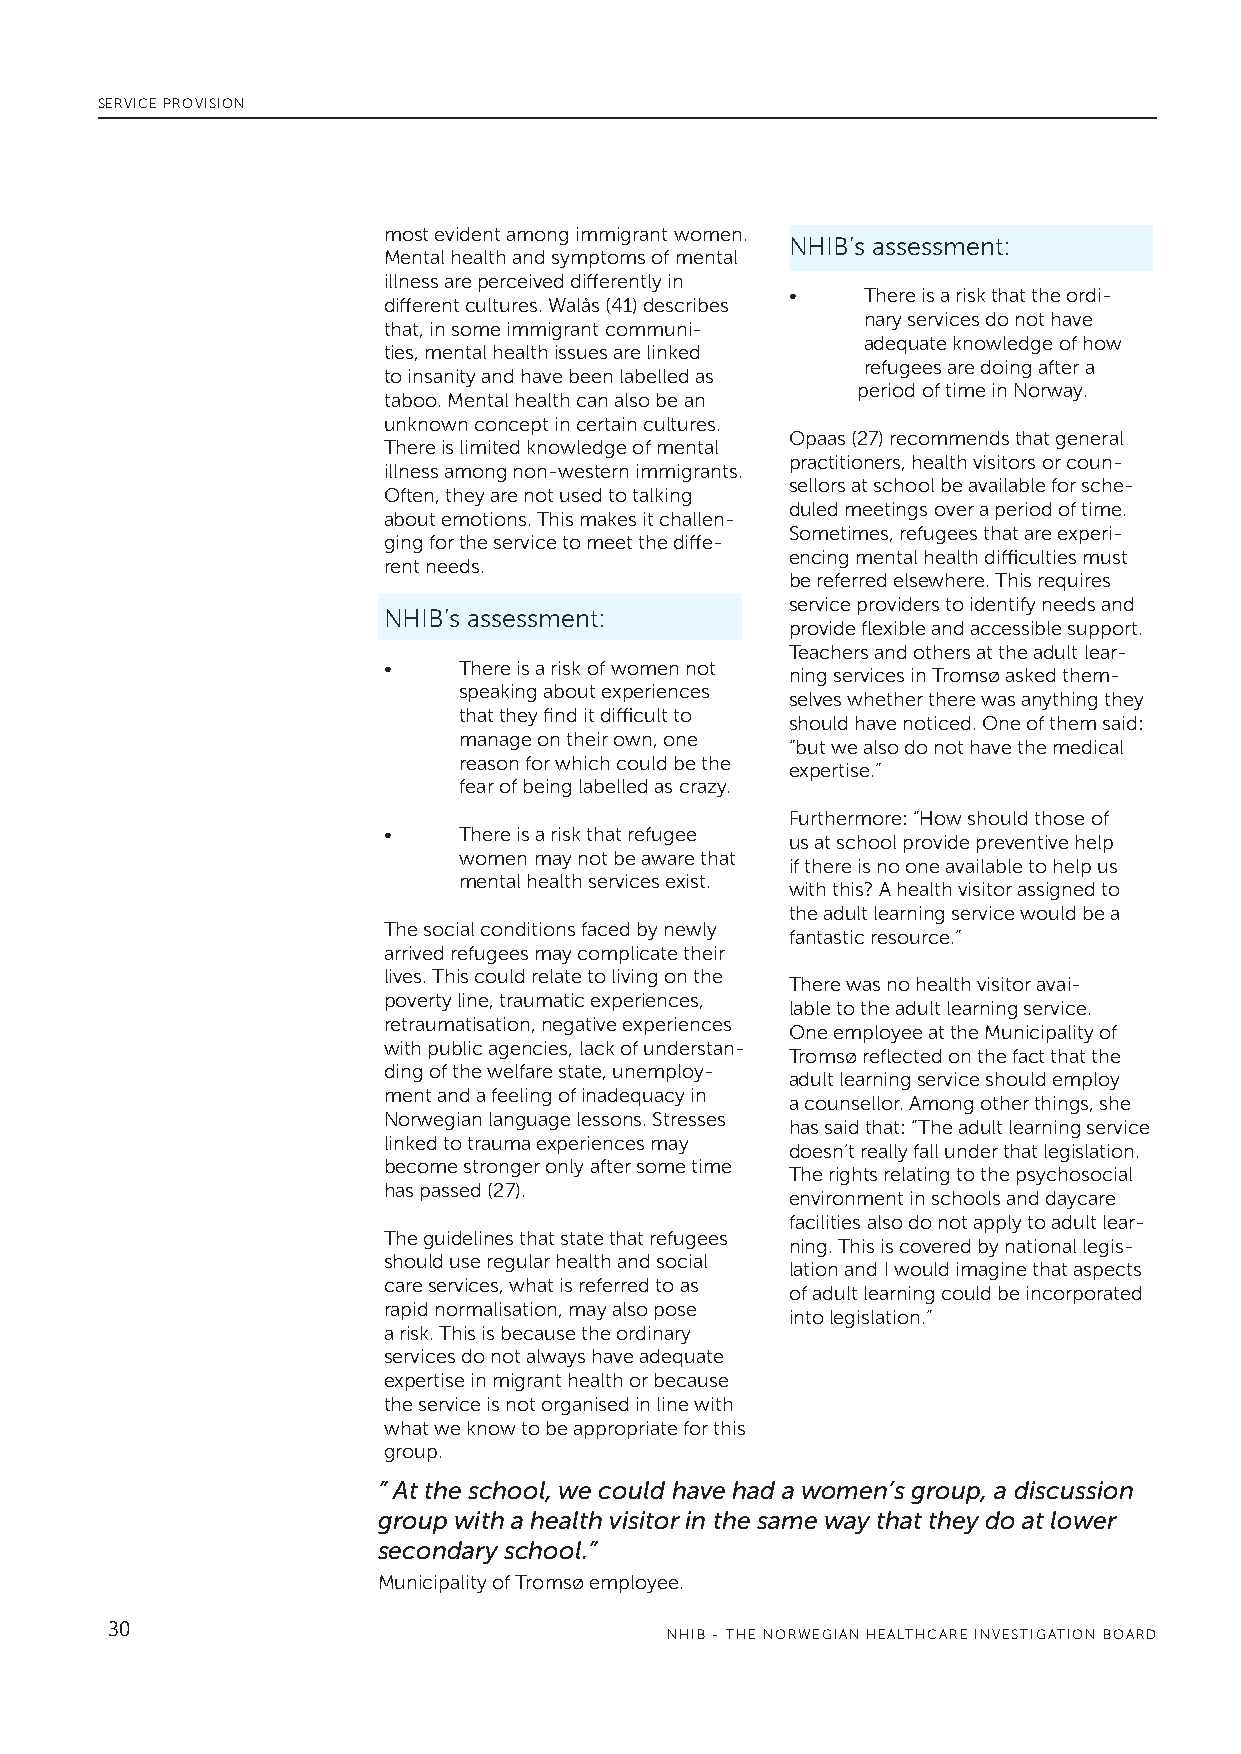
SERVICE PROVISION
 most evident among immigrant women.
 NHIB’s assessment:
 Mental health and symptoms of mental
 illness are perceived differently in
 •    There is a risk that the ordi-
 different cultures. Walås (41) describes
 nary services do not have
 that, in some immigrant communi-
 adequate knowledge of how
 ties, mental health issues are linked
 refugees are doing after a
 to insanity and have been labelled as
 period of time in Norway.
 taboo. Mental health can also be an
 unknown concept in certain cultures.
 Opaas (27) recommends that general
 There is limited knowledge of mental
 practitioners, health visitors or coun-
 illness among non-western immigrants.
 sellors at school be available for sche-
 Often, they are not used to talking
 duled meetings over a period of time.
 about emotions. This makes it challen-
 Sometimes, refugees that are experi-
 ging for the service to meet the diffe-
 encing mental health difficulties must
 rent needs.
 be referred elsewhere. This requires
 service providers to identify needs and
 NHIB’s assessment:
 provide flexible and accessible support.
 Teachers and others at the adult lear-
 •    There is a risk of women not
 ning services in Tromsø asked them-
 speaking about experiences
 selves whether there was anything they
 that they find it difficult to
 should have noticed. One of them said:
 manage on their own, one
 “but we also do not have the medical
 reason for which could be the
 expertise.”
 fear of being labelled as crazy.
 Furthermore: “How should those of
 •    There is a risk that refugee
 us at school provide preventive help
 women may not be aware that
 if there is no one available to help us
 mental health services exist.
 with this? A health visitor assigned to
 the adult learning service would be a
 The social conditions faced by newly
 fantastic resource.”
 arrived refugees may complicate their
 lives. This could relate to living on the
 There was no health visitor avai-
 poverty line, traumatic experiences,
 lable to the adult learning service.
 retraumatisation, negative experiences
 One employee at the Municipality of
 with public agencies, lack of understan-
 Tromsø reflected on the fact that the
 ding of the welfare state, unemploy-
 adult learning service should employ
 ment and a feeling of inadequacy in
 a counsellor. Among other things, she
 Norwegian language lessons. Stresses
 has said that: “The adult learning service
 linked to trauma experiences may
 doesn’t really fall under that legislation.
 become stronger only after some time
 The rights relating to the psychosocial
 has passed (27).
 environment in schools and daycare
 facilities also do not apply to adult lear-
 The guidelines that state that refugees
 ning. This is covered by national legis-
 should use regular health and social
 lation and I would imagine that aspects
 care services, what is referred to as
 of adult learning could be incorporated
 rapid normalisation, may also pose
 into legislation.”
 a risk. This is because the ordinary
 services do not always have adequate
 expertise in migrant health or because
 the service is not organised in line with
 what we know to be appropriate for this
 group.
 ” At the school, we could have had a women’s group, a discussion
 group with a health visitor in the same way that they do at lower
 secondary school.”
 Municipality of Tromsø employee.
 30
 NHIB - THE NORWEGIAN HEALTHCARE INVESTIGATION BOARD